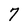
Character: 7